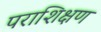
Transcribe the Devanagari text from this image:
पराशिक्षण